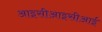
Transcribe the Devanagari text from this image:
आइसीआइसीआई